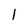
Character: l